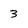
Character: 3